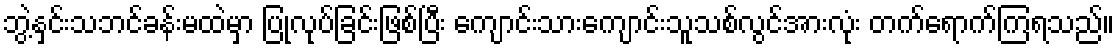
ဘွဲ့နှင်းသဘင်ခန်းမထဲမှာ ပြုလုပ်ခြင်းဖြစ်ပြီး ကျောင်းသားကျောင်းသူသစ်လွင်အားလုံး တက်ရောက်ကြရသည်။